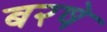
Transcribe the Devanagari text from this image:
बरषे